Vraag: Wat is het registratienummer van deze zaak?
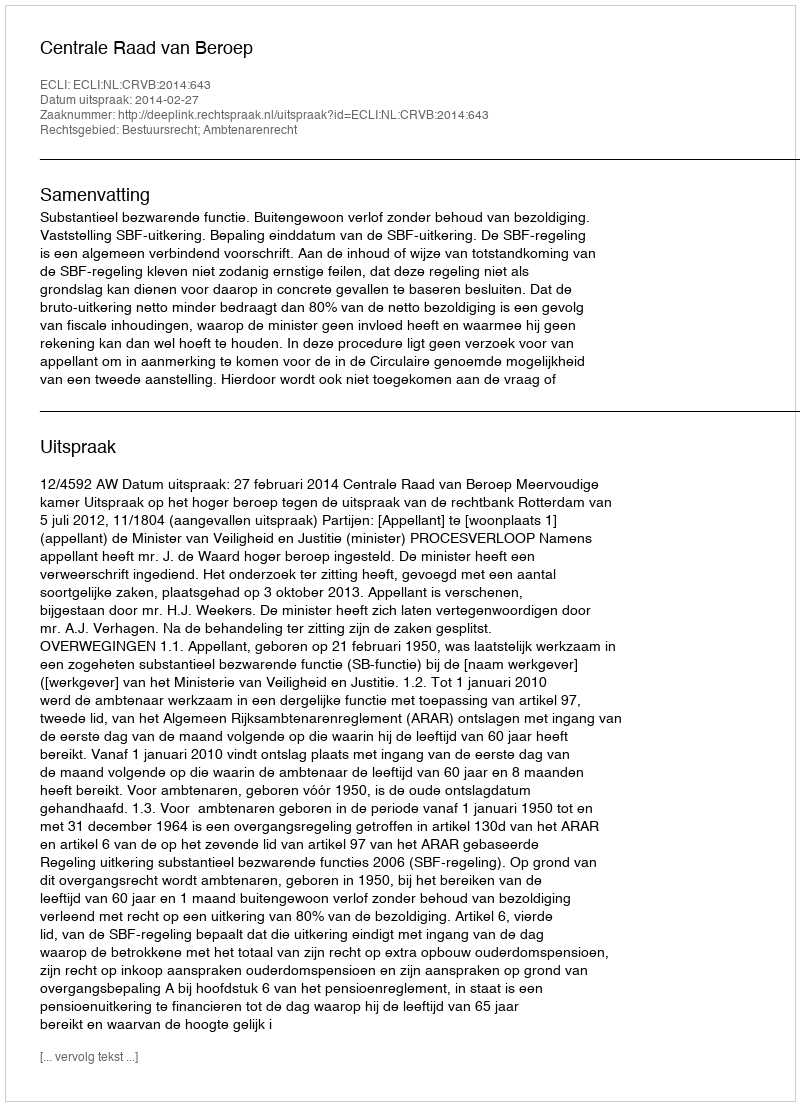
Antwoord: http://deeplink.rechtspraak.nl/uitspraak?id=ECLI:NL:CRVB:2014:643